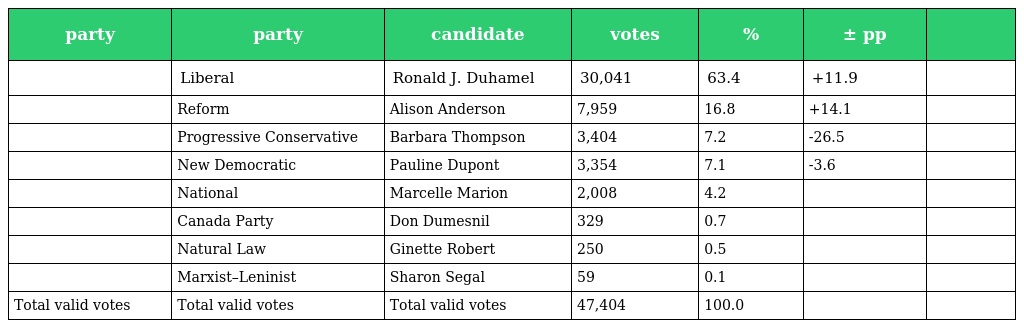
| party | party | candidate | votes | % | ± pp |  |
 | --- | --- | --- | --- | --- | --- | --- |
 |  | Liberal | Ronald J. Duhamel | 30,041 | 63.4 | +11.9 |  |
 |  | Reform | Alison Anderson | 7,959 | 16.8 | +14.1 |  |
 |  | Progressive Conservative | Barbara Thompson | 3,404 | 7.2 | -26.5 |  |
 |  | New Democratic | Pauline Dupont | 3,354 | 7.1 | -3.6 |  |
 |  | National | Marcelle Marion | 2,008 | 4.2 |  |  |
 |  | Canada Party | Don Dumesnil | 329 | 0.7 |  |  |
 |  | Natural Law | Ginette Robert | 250 | 0.5 |  |  |
 |  | Marxist–Leninist | Sharon Segal | 59 | 0.1 |  |  |
 | Total valid votes | Total valid votes | Total valid votes | 47,404 | 100.0 |  |  |